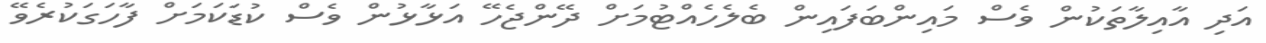
އަދި އާއިލާތަކުން ވެސް މައިންބަފައިން ބެލެހެއްޓުމަށް ދޭންޖެހޭ އަޅާޅުން ވެސް ކުޑަކަމަށް ފާހަގަކުރެވޭ